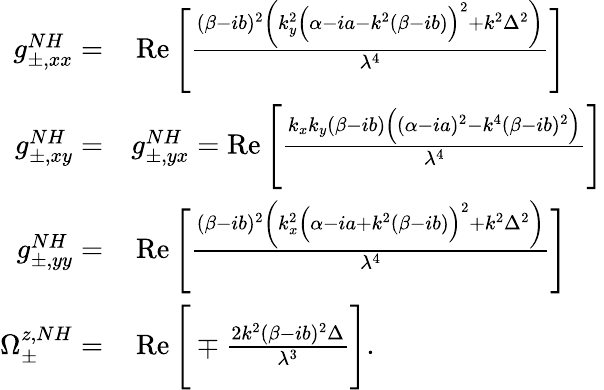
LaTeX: \begin{array}{rl}{g_{\pm,xx}^{NH}=}&{{}\operatorname{Re}\Bigg[\frac{(\beta-ib)^{2}\bigg(k_{y}^{2}\Big(\alpha-ia-k^{2}(\beta-ib)\Big)^{2}+k^{2}\Delta^{2}\bigg)}{\lambda^{4}}\Bigg]}\\ {g_{\pm,xy}^{NH}=}&{{}g_{\pm,yx}^{NH}=\operatorname{Re}\Bigg[\frac{k_{x}k_{y}(\beta-ib)\Big((\alpha-ia)^{2}-k^{4}(\beta-ib)^{2}\Big)}{\lambda^{4}}\Bigg]}\\ {g_{\pm,yy}^{NH}=}&{{}\operatorname{Re}\Bigg[\frac{(\beta-ib)^{2}\bigg(k_{x}^{2}\Big(\alpha-ia+k^{2}(\beta-ib)\Big)^{2}+k^{2}\Delta^{2}\bigg)}{\lambda^{4}}\Bigg]}\\ {\Omega_{\pm}^{z,NH}=}&{{}\operatorname{Re}\Bigg[\mp\frac{2k^{2}(\beta-ib)^{2}\Delta}{\lambda^{3}}\Bigg].}\end{array}